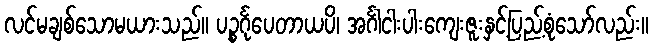
လင်မချစ်သောမယားသည်။ ပဉ္စင်္ဂုပေတာယပိ၊ အင်္ဂါငါးပါးကျေးဇူးနှင့်ပြည့်စုံသော်လည်း။